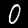
Digit: 0